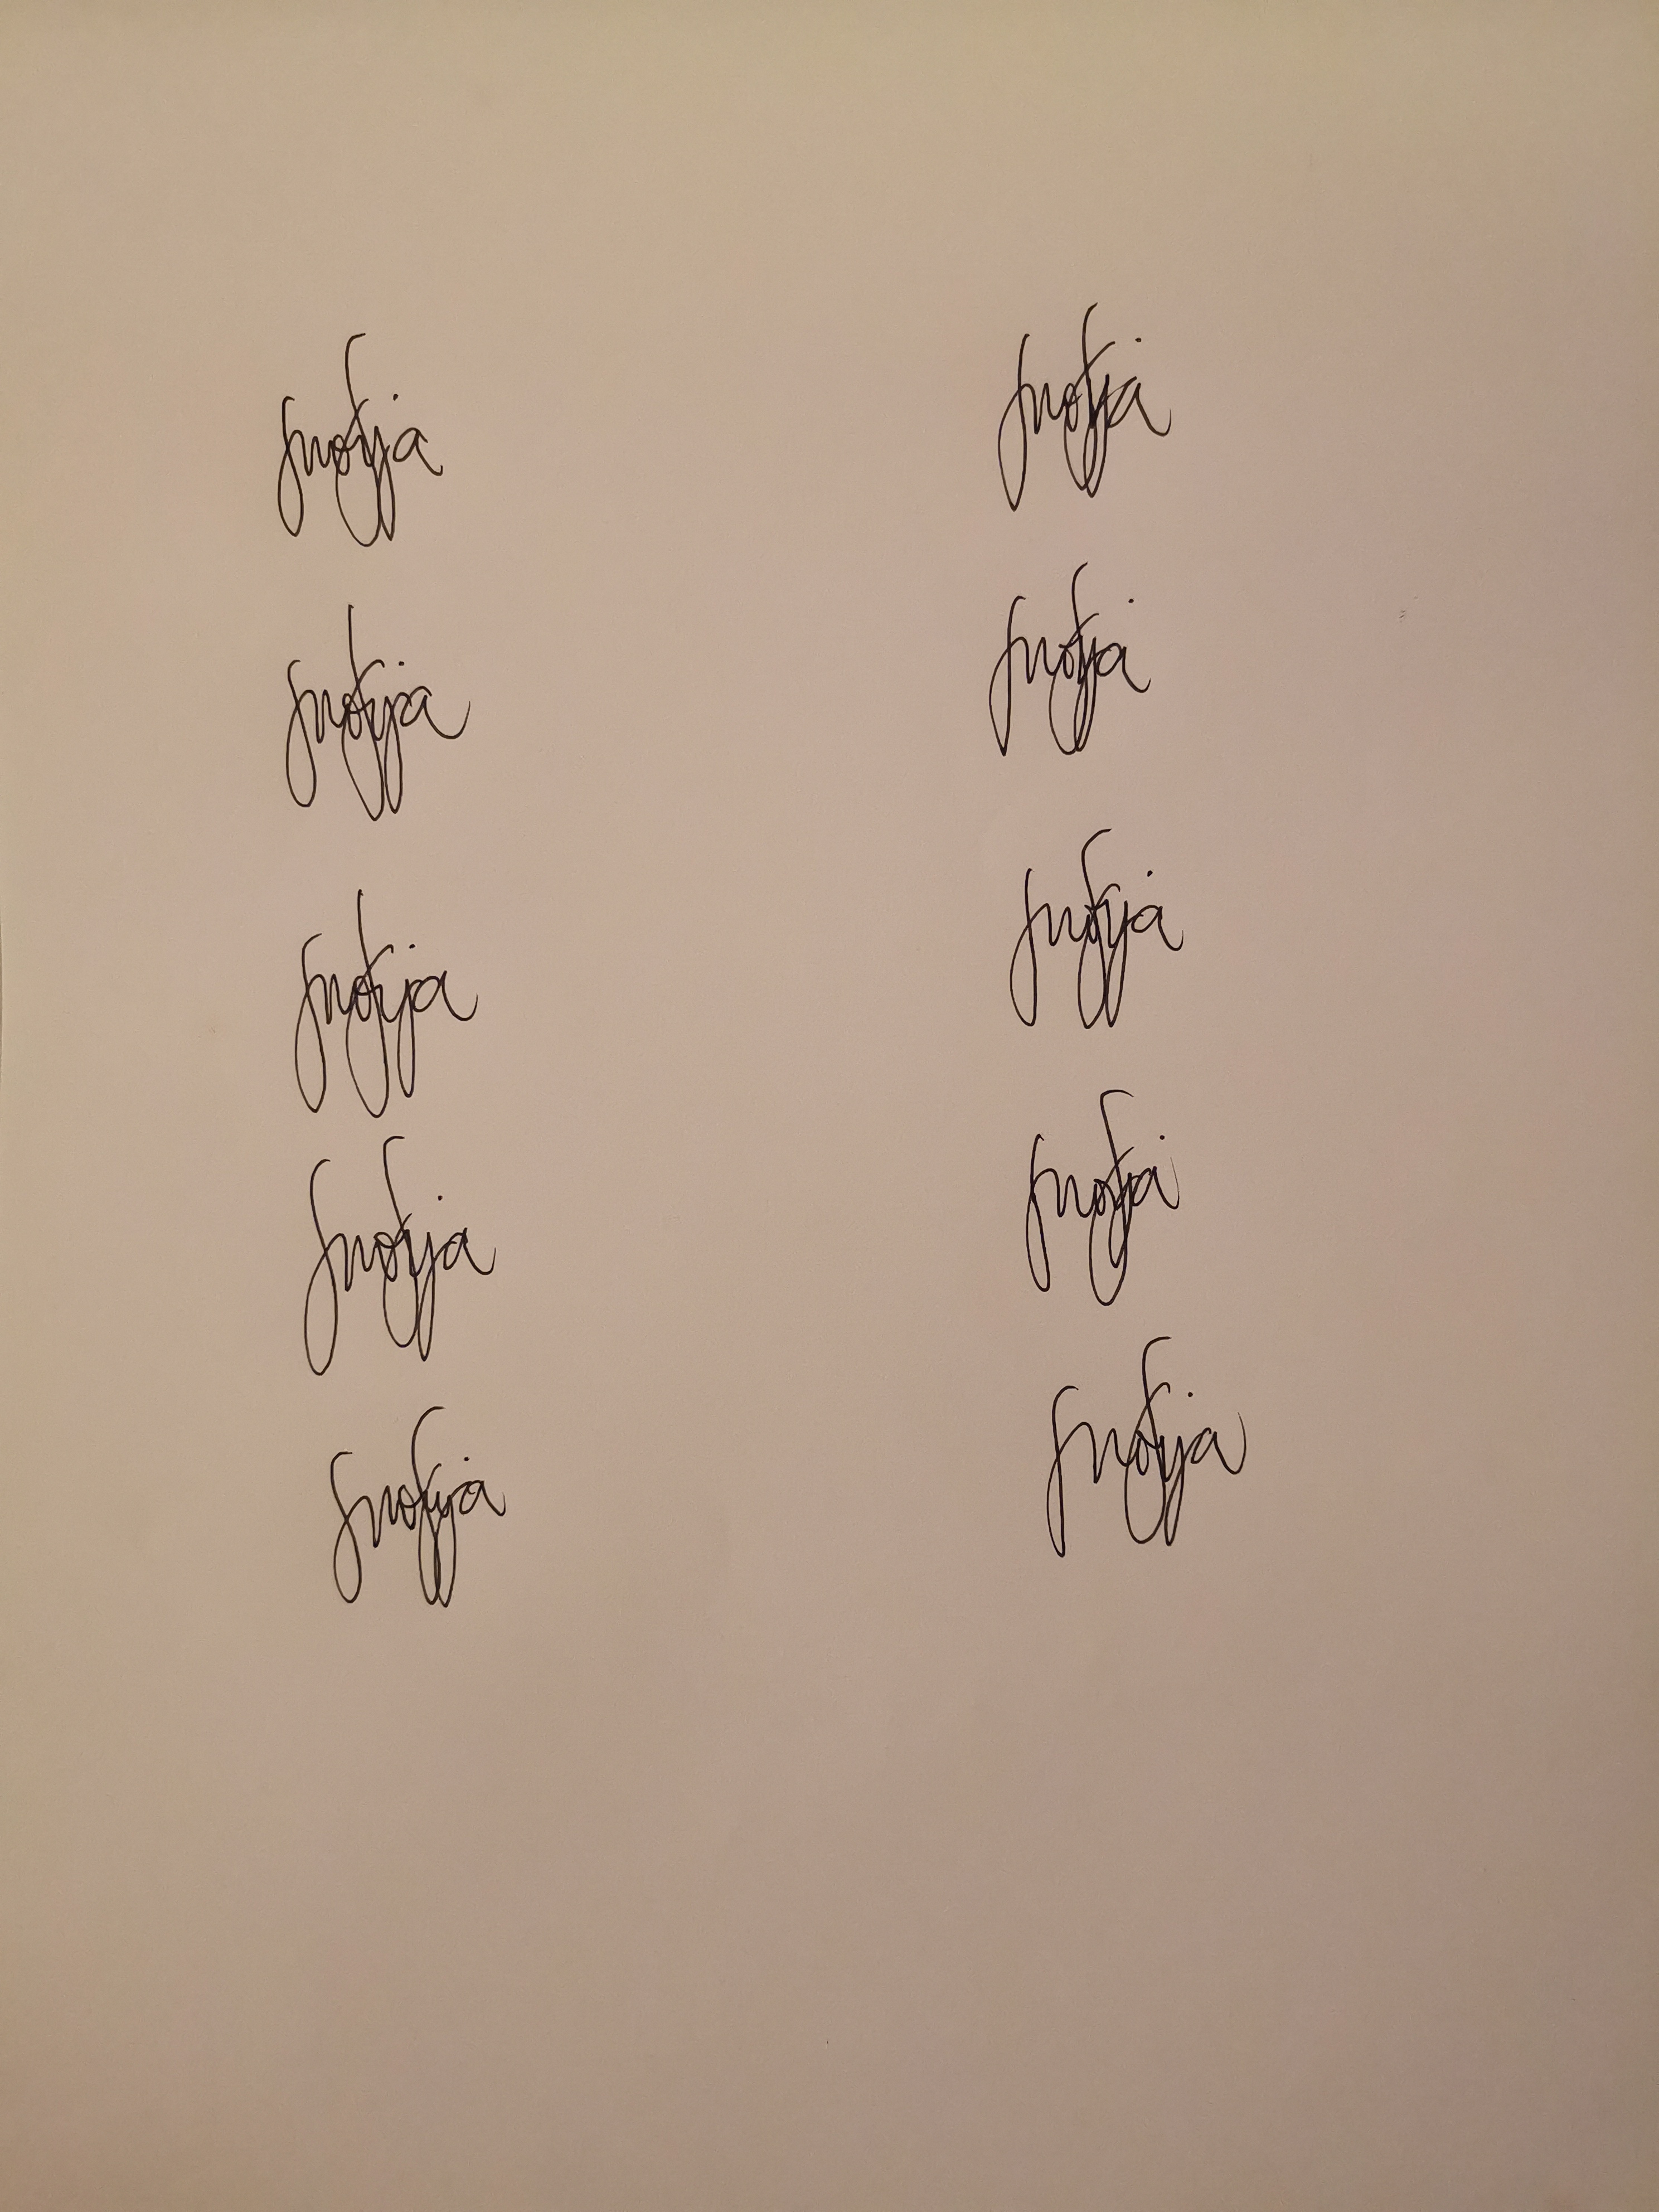
Signature authenticity: genuine